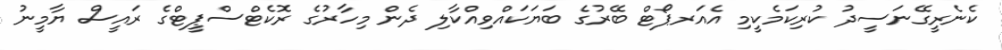
ކެނެރީގޭނަސީދު ކުރިކަމެކީމި އެއަރޕޯޓް ބޭރުގެ ބަޔަކައްވިއްކާލި ދެން މިހާރުގެ ރޮކެޓްސްޕީޓްގެ ރައީސް ޔާމީނު